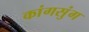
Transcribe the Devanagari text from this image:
कांगसुंग